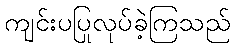
ကျင်းပပြုလုပ်ခဲ့ကြသည်